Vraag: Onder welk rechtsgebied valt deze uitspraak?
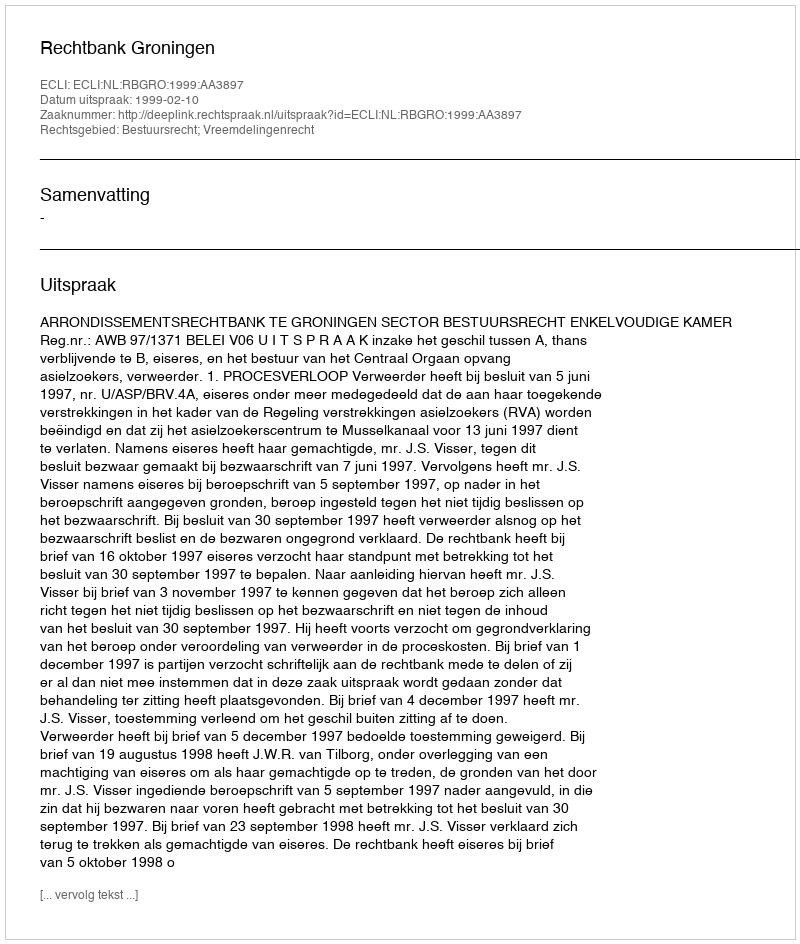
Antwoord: Bestuursrecht; Vreemdelingenrecht